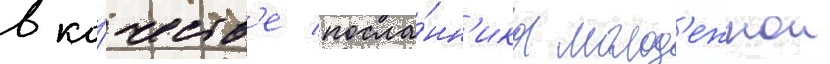
в ка́честв'е посла́нн'ика молод'ежнои